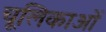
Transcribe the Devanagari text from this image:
चूलिकाओं